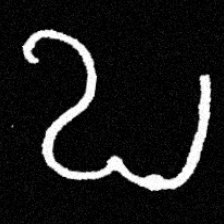
Pyu character \u2014 Myanmar letter: ဎ (romanized: ddha)